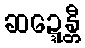
ဆဍ္ဍေန္တီ